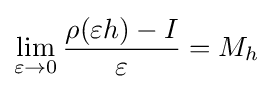
\lim \limits _{\varepsilon \to 0}{\frac {\rho (\varepsilon h)-I}{\varepsilon }}=M_{h}